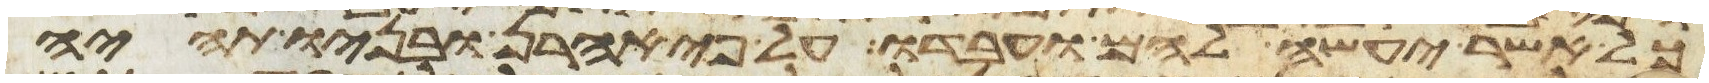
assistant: כל אשר יעשה להם ועבדו על פי אהרן ובניו תהיה